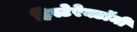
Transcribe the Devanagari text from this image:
हिस्टेरेक्टॉमी